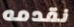
نقدمه